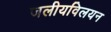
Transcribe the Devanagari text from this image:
जलीयविलयन